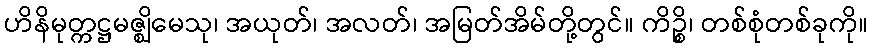
ဟိနိမုတ္ကဋ္ဌမဇ္ဈိမေသု၊ အယုတ်၊ အလတ်၊ အမြတ်အိမ်တို့တွင်။ ကိဉ္စိ၊ တစ်စုံတစ်ခုကို။